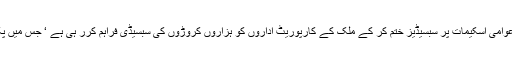
انہوں نے مرکزی حکومت عوامی اسکیمات پر سبسیڈیز ختم کر کے ملک کے کارپوریٹ اداروں کو ہزاروں کروڑوں کی سبسیڈی فراہم کرر ہی ہے ‘ جس میں پکوان گیاس بھی موجود ہے ۔